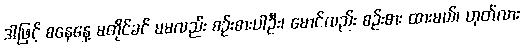
ဒါဖြင့် စနေနေ့ မတိုင်ခင် မမလည်း စဉ်းစားပါဦး၊ မောင်လည်း စဉ်းစား ထားမယ်၊ ဟုတ်လား